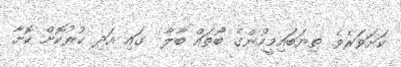
ކަށަވަރެވެ. ތިޔަބައިމީހުންގެ ބޯތައް ބާލާ  ގައި އަދި ކުރުކޮށް ކޮށާ